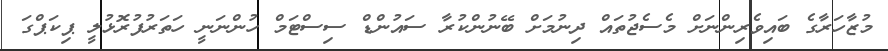
މުޒާހަރާގެ ބައިވެރިންނަށް މެސެޖުތައް ދިނުމަށް ބޭނުންކުރާ ސައުންޑް ސިސްޓަމް ހުންނަނީ ހަތަރުފުރޮޅުލީ ޕިކަޕްގަ